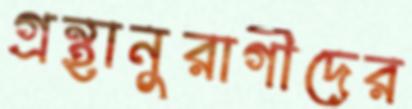
গ্রন্থানুরাগীদের